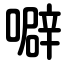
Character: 噼